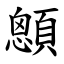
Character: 顖